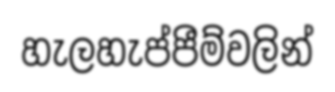
හැලහැප්පීම්වලින්